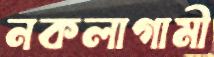
নকলাগামী